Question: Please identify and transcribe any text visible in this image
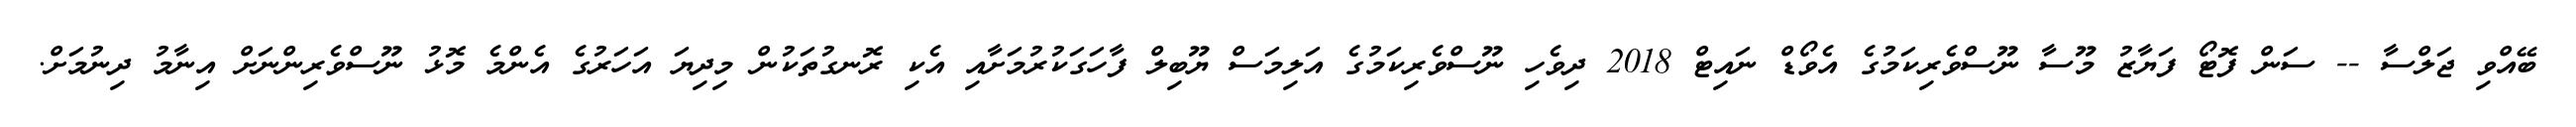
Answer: ބޭއްވި ޖަލްސާ -- ސަން ފޮޓޯ ފަޔާޒު މޫސާ ނޫސްވެރިކަމުގެ އެވޯޑް ނައިޓް 2018 ދިވެހި ނޫސްވެރިކަމުގެ އަލިމަސް ޔޫބިލް ފާހަގަކުރުމަށާއި އެކި ރޮނގުތަކުން މިދިޔަ އަހަރުގެ އެންމެ މޮޅު ނޫސްވެރިންނަށް އިނާމު ދިނުމަށް.